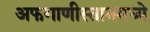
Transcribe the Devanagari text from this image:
अफगाणीस्तानमध्ये